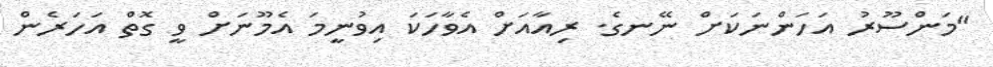
"މަންސޫރު އަހަންނަކަށް ނޭނގެ. ރިއާއަށް އެވާހަކަ އިވުނީމަ އެމޫނަށް ވީ ގޮތް އަހަރެން